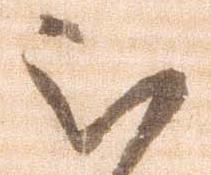
被